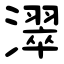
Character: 濢